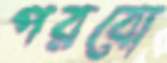
পরবো